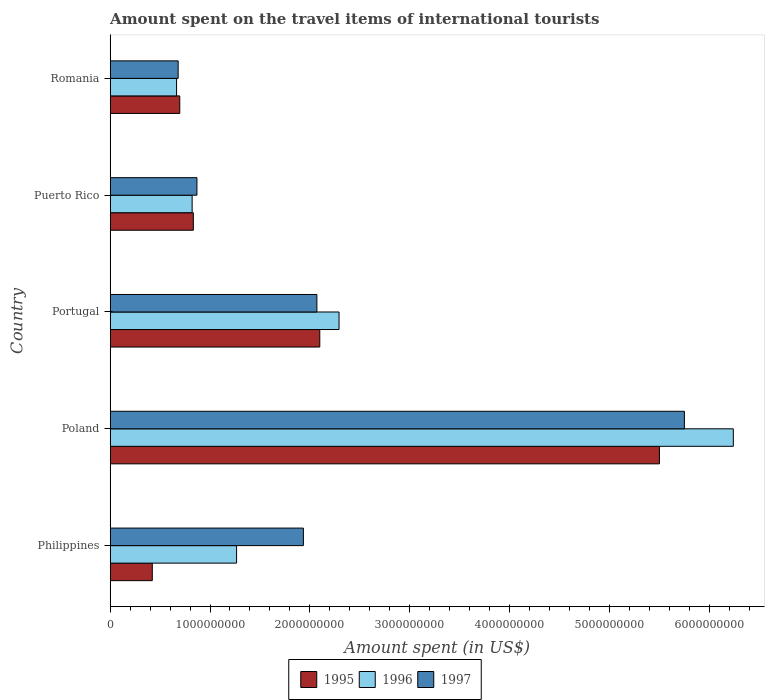
| Country | 1995 | 1996 | 1997 |
 | --- | --- | --- | --- |
 | Philippines | 4.22e+08 | 1.27e+09 | 1.94e+09 |
 | Poland | 5.5e+09 | 6.24e+09 | 5.75e+09 |
 | Portugal | 2.1e+09 | 2.29e+09 | 2.07e+09 |
 | Puerto Rico | 8.33e+08 | 8.21e+08 | 8.69e+08 |
 | Romania | 6.97e+08 | 6.65e+08 | 6.81e+08 |